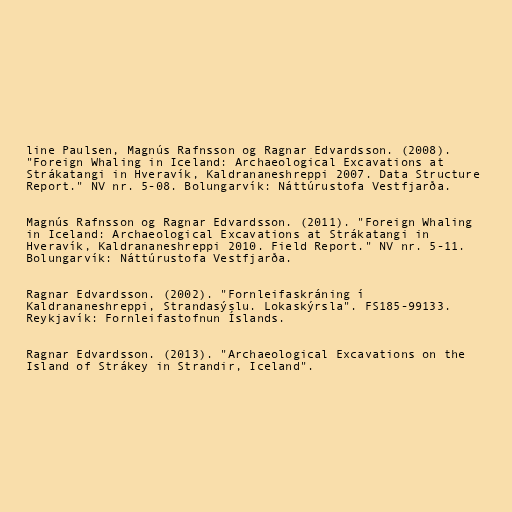
line Paulsen, Magnús Rafnsson og Ragnar Edvardsson. (2008).
"Foreign Whaling in Iceland: Archaeological Excavations at
Strákatangi in Hveravík, Kaldrananeshreppi 2007. Data Structure
Report." NV nr. 5-08. Bolungarvík: Náttúrustofa Vestfjarða.

Magnús Rafnsson og Ragnar Edvardsson. (2011). "Foreign Whaling
in Iceland: Archaeological Excavations at Strákatangi in
Hveravík, Kaldrananeshreppi 2010. Field Report." NV nr. 5-11.
Bolungarvík: Náttúrustofa Vestfjarða.

Ragnar Edvardsson. (2002). "Fornleifaskráning í
Kaldrananeshreppi, Strandasýslu. Lokaskýrsla". FS185-99133.
Reykjavík: Fornleifastofnun Íslands.

Ragnar Edvardsson. (2013). "Archaeological Excavations on the
Island of Strákey in Strandir, Iceland".